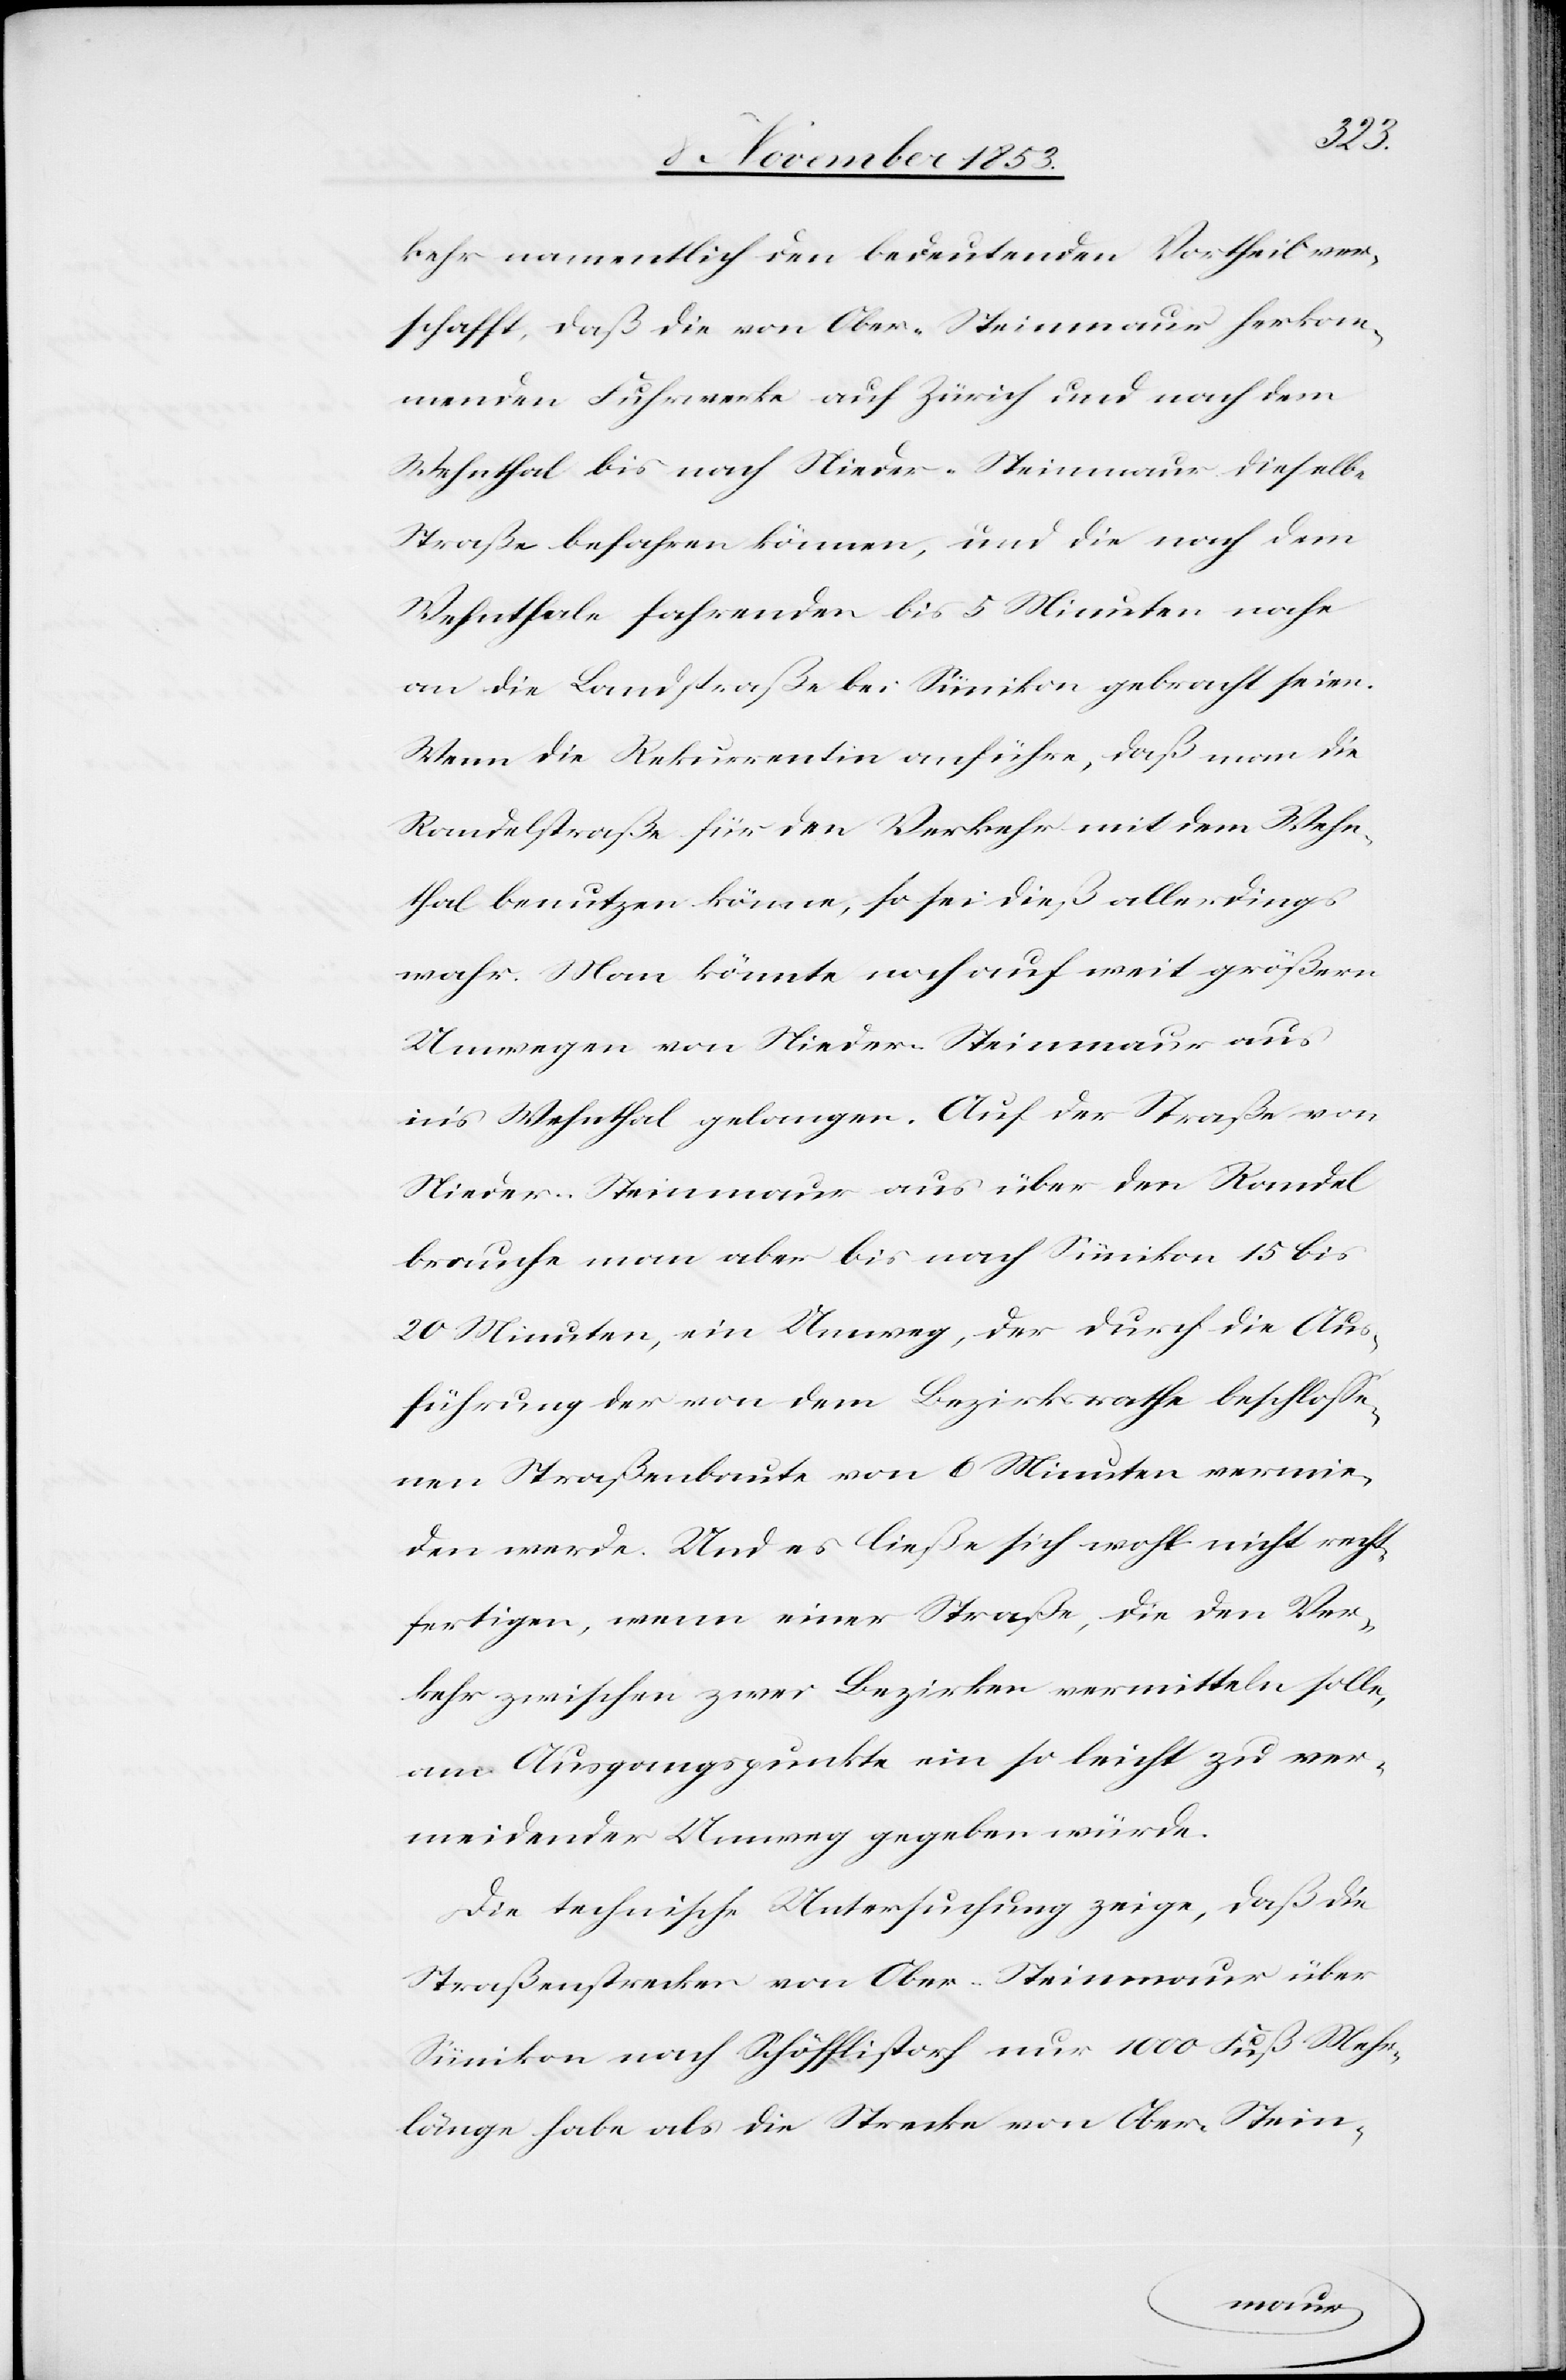
kehr namentlich den bedeutenden Vortheil ver¬
schafft, daß die von Ober-Steinmaur herkom¬
menden Fuhrwerke auf Zürich und nach dem
Wehnthal bis nach Nieder-Steinmaur dieselbe
Straße befahren können, und die nach dem
Wehnthale fahrenden bis 5 Minuten nahe
an die Landstraße bei Sümikon gebracht seien.
Wenn die Rekurrentin anführe, daß man die
Randelstraße für den Verkehr mit dem Wehn¬
thal benutzen könne, so sei dieß allerdings
wahr. Man könnte noch auf weit größern
Umwegen von Nieder-Steinmaur aus
in’s Wehnthal gelangen. Auf der Straße von
Nieder-Steinmaur aus über den Randel
brauche man aber bis nach Sümikon 15 bis
20 Minuten, ein Umweg, der durch Aus¬
führung der von dem Bezirksrathe beschloße¬
nen Straßenbaute von 6 Minuten vermie¬
den werde. Und es ließe sich wohl nicht recht¬
fertigen, wenn einer Straße, die den Ver¬
kehr zwischen zwei Bezirken vermitteln solle,
am Ausgangspunkte ein so leicht zu ver¬
meidender Umweg gegeben würde.
Die technische Untersuchung zeige, daß die
Straßenstrecken von Ober-Steinmaur über
Sümikon nach Schöfflistorf nur 1000 Fuß Mehr¬
länge habe als die Strecke von Ober-Stein-